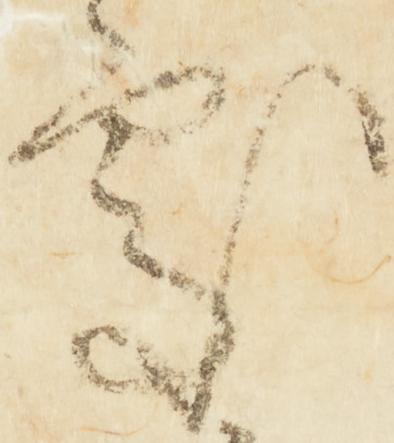
処